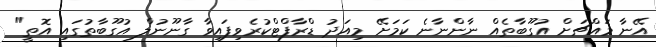
އޭނާ މައްޗަށް އުގޫބާތެއް ނާންނާނެ ކަމަށޭ މިއަދު ޑްރާފްޓްކުރެވިފައިވާ ގާނޫނުލް އުގޫބާތުގައި އޮތީ"